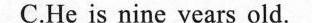
C.He is nine years old.